King Institute of Preventive Medicine Bacteriolog. Section reports 1907-08
Year: 1907
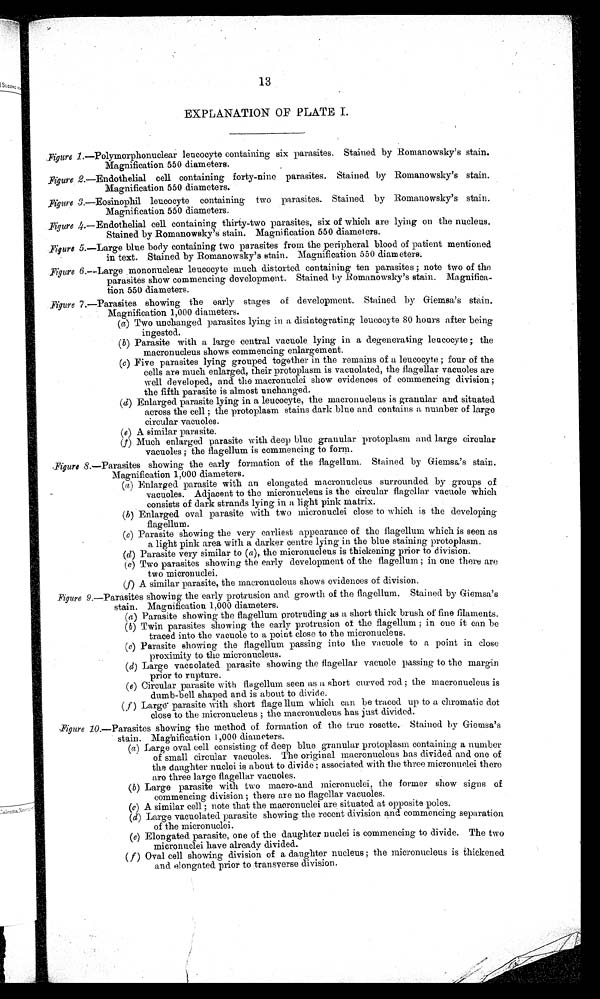
EXPLANATION OF PLATE I .
Figure 1.—Poiymorphonuclear leucocyte containing six parasites. Stained by Romanowsky's stain.
Magnification 550 diameters.
Figure 2.—Endothelial cell containing forty-nine parasites. Stained by Romanowsky's stain.
Magnification 550 diameters.
Figure 3.—Eosinophil leucocyte containing two parasites. Stained by :Romanowsky's stain.
Magnification 550 diameters.
Figure 4.—Endothelial cell containing thirty-two parasites, six of which are lying on the nucleus.
Stained by Romanowsky's stain. Magnification 550 diameters.
Figure 5.—Large blue body containing two parasites from the peripheral blood of patient mentioned
in text. Stained by Romanowsky's stain. Magnification 550 diameters.
.Figure 6.—Large mononuclear leucocyte much distorted. containing ten parasites ; note two of the
parasites show commencing development. Stained by Romanowsky's stain. Magnifica-
tion 550 diameters.
:Figure 7.—Parasites showing the early stages of development. Stained by Giemsa's stain.
Magnification 1,000 diameters.
(a) Two unchanged parasites lying in a disintegrating leucocyte 80 hours after being
ingested.
(b) Parasite with a large central vacuole lying in a degenerating leucocyte ; the
macronucleus shows commencing enlargement.
(e) Five parasites lying grouped together in the remains of a leucocyte ; four of the
cells are much enlarged, their protoplasm is vacuolated, the flagellar vacuoles are
well developed, and the micronuclei show evidences of commencing division;
the fifth parasite is almost unchanged.
(d) Enlarged parasite lying in a leucocyte, the macronucleus is granular and situated
across the cell ; the protoplasm stains dark blue and contains a number of large
circular vacuoles.
(e) A similar parasite.
(f) Much enlarged parasite with deep blue granular protoplasm and large circular
vacuoles ; the flagellum is commencing to form.
Figure 8.—Parasites showing the early formation of the flagellum. Stained by Giemsa's stain.
Magnification 1,000 diameters.
(a) Enlarged parasite with an elongated macronucleus surrounded by groups of
vacuoles. Adjacent to the micronucleus is the circular flagellar vacuole which
consists of dark strands lying in a light pink matrix.
(b) Enlarged oval parasite with two micronuclei close to which is the developing
flagellum.
(e) Parasite showing the very earliest appearance of the flagellum which is seen as
•
a light pink area with a darker centre lying in the blue staining protoplasm.
(d) Parasite very similar to (a), the micronucleus is thickening prior to division.
(e) Two parasites showing the early development of the flagellum; in one there are
two micronuclei.
(f) A similar parasite, the macronucleus shows evidences of division.
-Figure 9.—Parasites showing the early protrusion and growth of the flagellum. Stained by Giemsa's
stain. Magnification 1,000 diameters.
(a) Parasite showing the flagellum protruding as a short thick brush of fine filaments.
(b) Twin parasites showing the early protrusion of the flagellum ; in one it can be
traced into the vacuole to a point close to the micronucleus.
(c) Parasite showing the flagellum passing into the vacuole to a point in close
proximity to the micronucleus.
(d) Large vacuolated parasite showing the flagellar vacuole passing to the margin
prior to rupture.
(e) Circular parasite with flagellum seen as a short curved rod ; the macronucleus is
dumb-bell shaped and is about to divide.
(f) Large' parasite with short flage llum which can be traced up to a chromatic dot
close to the micronucleus ; the macronucleus has just divided.
Figure 10.—Parasites showing the method of formation of the true rosette. Stained by Giemsa's
stain. Magnification ,000 diameters.
(a) Large oval cell consisting of deep blue granular protoplasm containing a number
of small circular vacuoles. The original macronucleus has divided and one of
the daughter nuclei is about to divide; associated with the three micronuclei there
are three large flagellar vacuoles.
(b) Large parasite with two macro-and micronuclei, the former show signs of
commencing division ; there are no flagellar vacuoles.
( c) A similar cell ; note that the macronuclei are situated at opposite poles.
(d) Large vacuolated parasite showing the recent division and commencing separation
of the micronuclei.
(e) Elongated parasite, one of the daughter nuclei is commencing to divide. The two
micronuclei have already divided.
( f) Oval cell showing division of a daughter nucleus ; the micronucleus is thickened
and elongated prior to transverse division.